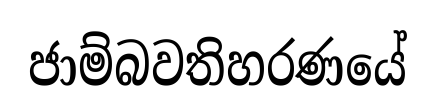
ජාම්බවතිහරණයේ